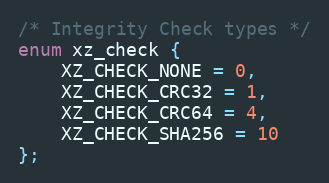
Language: C
/* Integrity Check types */
enum xz_check {
    XZ_CHECK_NONE = 0,
    XZ_CHECK_CRC32 = 1,
    XZ_CHECK_CRC64 = 4,
    XZ_CHECK_SHA256 = 10
};